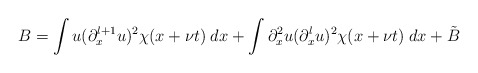
\begin{align*} B = \int u(\partial_x^{l+1}u)^2\chi(x+\nu t) \; dx + \int\partial_x^2u(\partial_x^lu)^2\chi(x+\nu t) \; dx + \tilde{B}\end{align*}